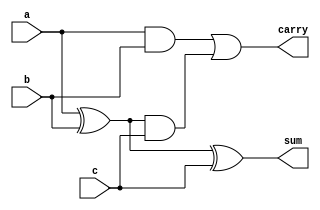
//nithish selva 20l136//
module fulladder(a,b,c,sum,carry);
input a,b,c;
output sum,carry;
assign sum=a^b^c;
assign carry =(a&b)|(a^b)&c;
endmodule